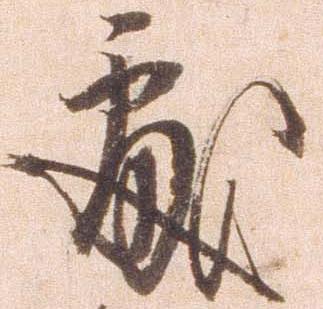
処